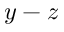
y - z